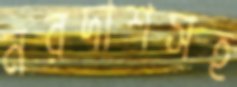
নরদাশসহ